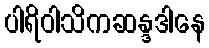
ပါရိဝါသိကဆန္ဒဒါနေ